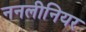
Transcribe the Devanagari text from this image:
ननलीनियर